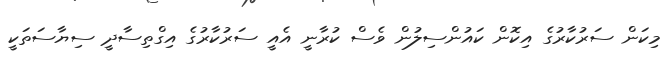
މިކަން ސަރުކާރުގެ އިކޮން ކައުންސިލުން ވެސް ކުރާނީ އެއީ ސަރުކާރުގެ އިގްތިސާދީ ސިޔާސަތަކީ